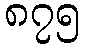
၈၇၅